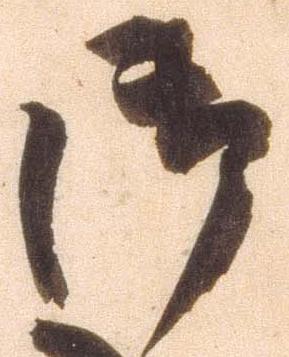
御